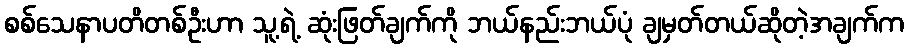
စစ်သေနာပတိတစ်ဦးဟာ သူ့ရဲ့ ဆုံးဖြတ်ချက်ကို ဘယ်နည်းဘယ်ပုံ ချမှတ်တယ်ဆိုတဲ့အချက်က